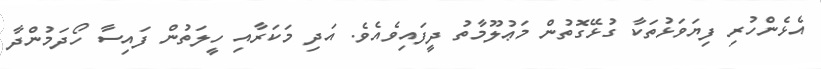
އެޅެންހުރި ފިޔަވަޅުތަކާ ގުޅޭގޮތުން މަޢުލޫމާތު ދީފައިވެއެވެ. އަދި މަކަރާއި ހީލަތުން ފައިސާ ހޯދަމުންދާ